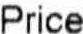
PRICE